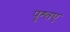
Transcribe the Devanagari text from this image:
पुश्तए